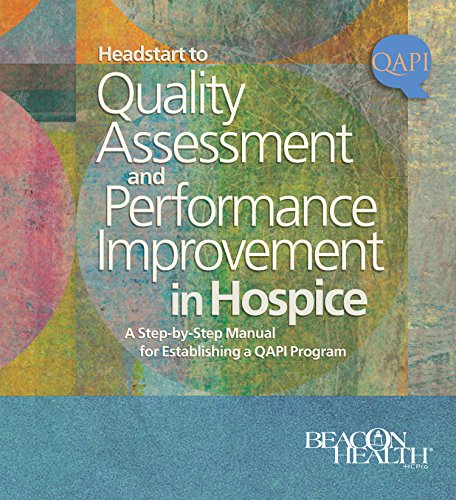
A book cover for Headstart to Quality Assessment and Performance Improvement in Hospice: A Step-by-Step Manual for Establishing a QAPI Program; Beacon Health a division of HCPro; Medical Books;